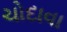
ચોદાવા